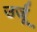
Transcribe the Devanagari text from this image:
उर्जू